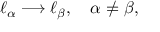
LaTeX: \ell _ { \alpha } \longrightarrow \ell _ { \beta } , \quad \alpha \ne \beta ,